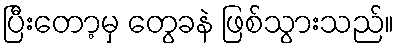
ပြီးတော့မှ တွေခနဲ ဖြစ်သွားသည်။